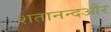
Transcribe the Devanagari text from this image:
शतानन्दऔर